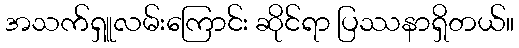
အသက်ရှူလမ်းကြောင်း ဆိုင်ရာ ပြဿနာရှိတယ်။